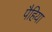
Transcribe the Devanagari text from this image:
पैहिया